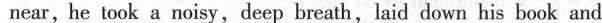
near,he took a noisy,deep breath,laid down his book and